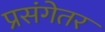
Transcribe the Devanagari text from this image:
प्रसंगेतर